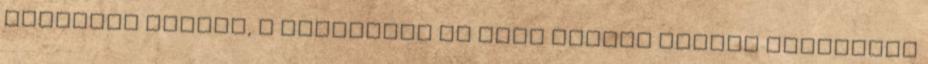
egyetemi tanára, a Középkori és Kora Újkori Magyar Történeti